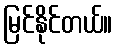
မြင်နိုင်တယ်။